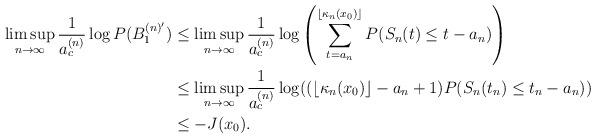
LaTeX: \begin{align*}\limsup_{n\to\infty}\frac{1}{a_c^{(n)}}\log P(B_1^{(n)'})&\leq\limsup_{n\to\infty}\frac{1}{a_c^{(n)}}\log\left(\sum_{t=a_n}^{\lfloor\kappa_n(x_0)\rfloor}P(S_n(t)\leq t-a_n)\right)\\&\leq\limsup_{n\to\infty}\frac{1}{a_c^{(n)}}\log((\lfloor\kappa_n(x_0)\rfloor-a_n+1)P(S_n(t_n)\leq t_n-a_n))\\&\leq-J(x_0).\end{align*}